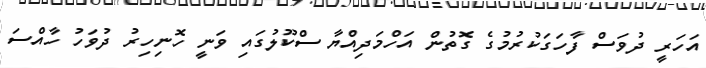
އަހަރީ ދުވަސް ފާހަގަކުރުމުގެ ގޮތުން އަހްމަދިއްޔާ ސްކޫލުގައި ވަނީ ހޮނިހިރު ދުވަހު ހާއްސަ